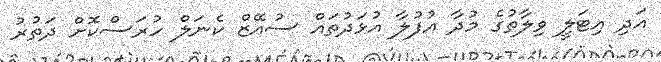
އަދި އިޓަލީ ވިލާތުގެ މުދާ އުފުލާ އުޅަދުތައް ސުއޭޒް ކެނަލް ހުރަސްކޮށް ދަތުރު